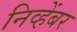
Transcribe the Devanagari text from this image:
निव्हेंबर